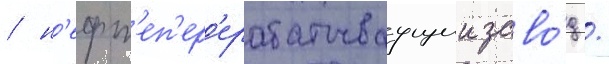
/ н'ефт'еп'ер'ерабатываущии заво́д /